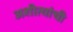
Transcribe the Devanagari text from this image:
अशीत्यांची